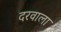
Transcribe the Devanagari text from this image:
दरवाला